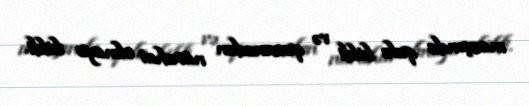
maaşında qala bildi və qazancdan narahat olmaya bildi.